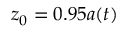
z _ { 0 } = 0 . 9 5 a ( t )